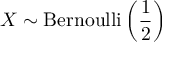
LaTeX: X \sim \mathrm { B e r n o u l l i } \left( { \frac { 1 } { 2 } } \right)